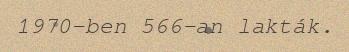
1970-ben 566-an lakták.